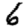
Digit: 6